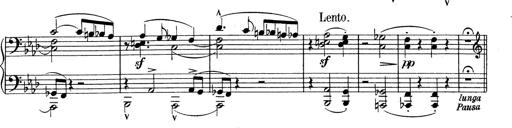
Title: Variationen Ã¼ber das Motiv von Bach
Composer: Franz Liszt